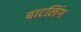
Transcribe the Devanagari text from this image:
बाटलिंग